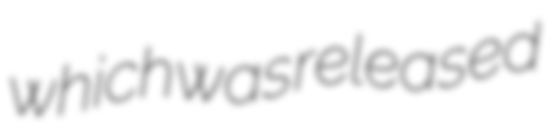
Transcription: which was released